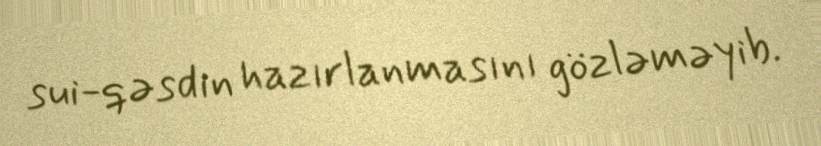
sui-qəsdin hazırlanmasını gözləməyib.